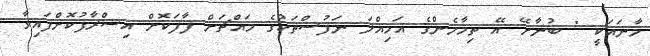
މާނައަކީ " ބުނާށޭ އޭ ތިމާމެންގެ އަމިއްލަ ނަފުސްތަކުގެ މައްޗަށް ފާފަކޮށް އިސްރާފުކޮށްފައިވާ